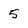
Character: 5